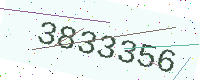
Text: 3833356